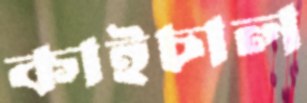
কাইচাল